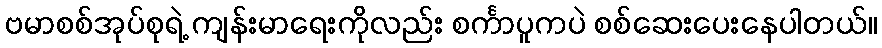
ဗမာစစ်အုပ်စုရဲ့ ကျန်းမာရေးကိုလည်း စင်္ကာပူကပဲ စစ်ဆေးပေးနေပါတယ်။